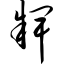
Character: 牌